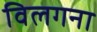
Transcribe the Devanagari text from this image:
विलगना